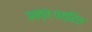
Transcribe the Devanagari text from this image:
अन्तःपत्रित